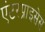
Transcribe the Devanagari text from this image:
एंटरप्राइसेस